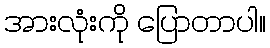
အားလုံးကို ပြောတာပါ။